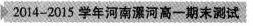
2014-2015学年河南漯河高一期末测试